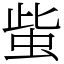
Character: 䖪